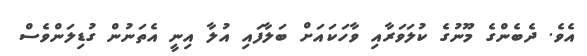
އެވެ. ދެބެންގެ މޫނުގެ ކުލަވަރާއި ވާހަކައަށް ބަލާފައި އުލާ އިނީ އެތަނުން ގުޑިލަންވެސް